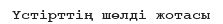
Үстірттің шөлді жотасы